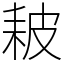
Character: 耚